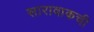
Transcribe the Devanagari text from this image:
सारावाकची